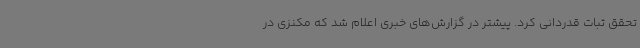
تحقق ثبات قدردانی کرد. پیشتر در گزارش‌های خبری اعلام شد که مکنزی در